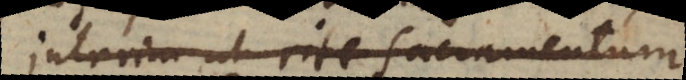
Interim ut rite sacramentum